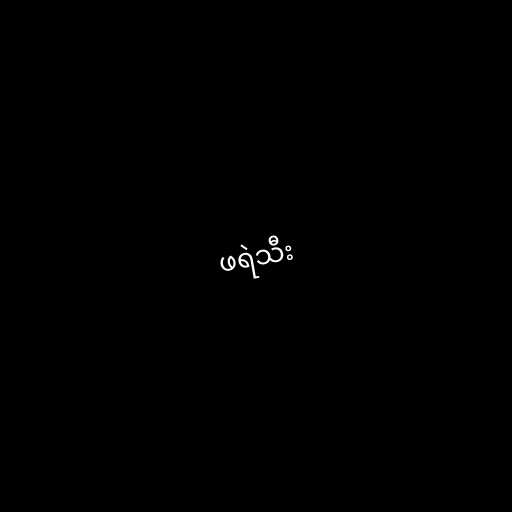
ဖရဲသီး